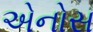
એનોસ